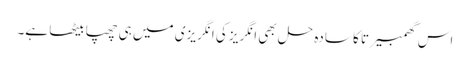
اس گھمبیرتا کا سادہ حل بھی انگریز کی انگریزی میں ہی چھپا بیٹھا ہے۔